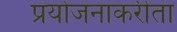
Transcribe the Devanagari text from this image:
प्रयोजनाकरीता